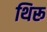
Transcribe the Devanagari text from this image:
थिरू